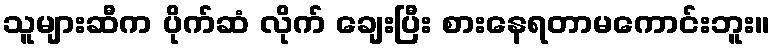
သူများဆီက ပိုက်ဆံ လိုက် ချေးပြီး စားနေရတာမကောင်းဘူး။